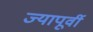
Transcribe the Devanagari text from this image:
ज्यापूर्वी